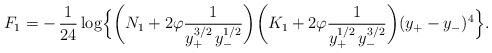
\begin{align*}F_1=-\,\frac{1}{24}\log\Bigl\{\biggl(N_1+2\varphi\frac{1}{y_+^{3/2}\,y_-^{1/2}}\biggr)\biggl(K_1+2\varphi\frac{1}{y_+^{1/2}\,y_-^{3/2}}\biggr)(y_+-y_-)^4\Bigr\}.\end{align*}